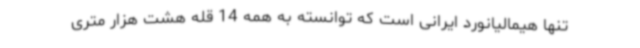
تنها هیمالیانورد ایرانی است که توانسته به همه 14 قله هشت هزار متری